Civil Veterinary Department. Madras. Admin. report 1910-25 - 1910-1925
Year: 1910
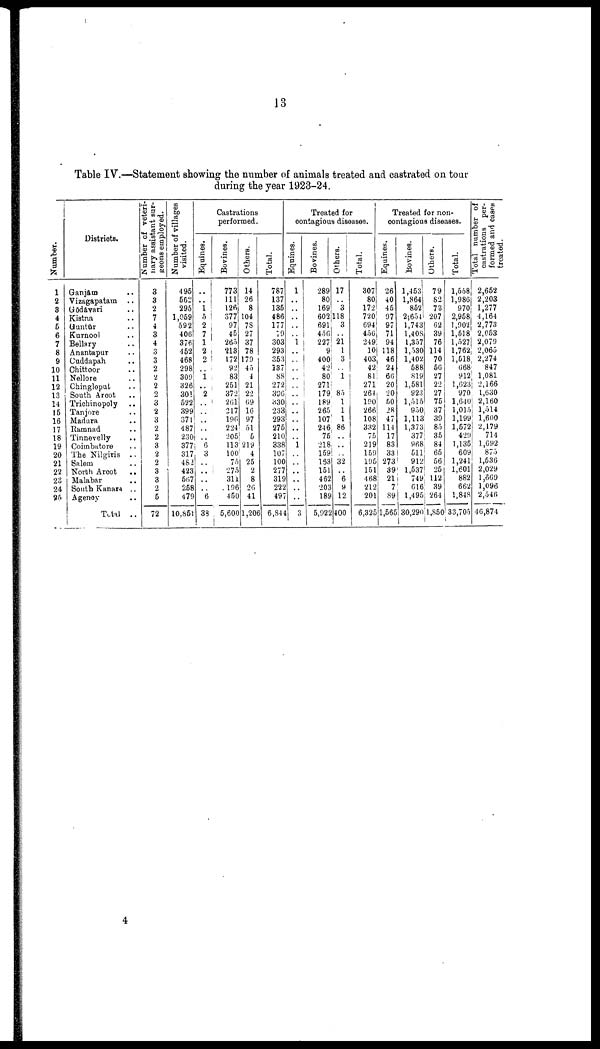
13
Table IV.—Statement showing the number of animals treated and castrated on tour
during the year 1923-24.
Numbe r
.
1
2
3
4
5
6
7
8
9
10
11
12
13
14
15
16
17
18
19
20
21
22
23
24
25
Districts.
Ganjam ..
Vizagapatam..
Gdavari ..
Kiatna ..
Guntur ..
Kurnool ..
Bellary ..
Anantapur ..
Cuddapah ..
Chittoor ..
Nellore ..
Chingloput ..
South Arcot ..
Trichinopoly ..
Tanjore ..
Madura ..
Ramnad ..
Tinnevelly ..
Coimbatore ..
The Nilgiris ..
Salem ..
North Arcot ..
Malabar
South Kanara ..
Agency ..
Total ..
Number of veteri-
nary assistant sur-
geons employed.
3
3
2
7
4
3
4
3
3
2
2
2
2
3
2
3
2
2
3
2
2
3
3
2
5
72
Number of villages
visited.
495
562
295
1,059
592
406
376
452
468
298
309
326
301
522
399
371
487
230
377
317
482
423
567
258
479
10,851
Castrations
performed.
Equines.
..
..
1
5
2
7
1
2
2
..
1
..
2
..
..
..
..
..
6
3
..
..
..
..
6
39
Bovines.
773
111
126
377
97
45
265
213
172
92
83
251
372
261
217
190
224
205
113
100
75
275
311
196
450
5,600
Others.
14
26
8
104
78
27
37
78
179
45
4
21
22
69
16
97
51
5
219
4
25
2
8
26
41
1,206
Total.
787
137
135
486
177
79
303
293
353
137
88
272
396
330
233
293
275
210
338
107
100
277
319
222
497
6,844
Treated for
contagious diseases.
Equines.
1
..
..
..
..
..
1
..
..
..
..
..
..
..
..
..
..
..
..
..
..
..
..
..
..
3
Bovines.
289
80
169
602
691
456
227
9
400
42
80
271
179
189
265
107
246
75
218
159
153
151
462
203
189
5,922
Others.
17
..
3
118
3
..
21
1
3
..
1
..
85
1
1
1
86
..
..
..
32
..
6
9
12
400
Total.
307
80
172
720
694
456
249
10
403
42
81
271
264
190
266
108
332
75
219
159
195
151
468
212
201
6,325
Treated for non-
contagious diseases.
Equines.
26
40
45
97
97
71
94
118
46
24
66
20
20
50
28
47
114
17
83
33
273
39
21
7
89
1,565
Bovines.
1,453
1,864
852
2,654
1,743
1,408
1,357
1,530
1,402
588
819
1,581
923
1,515
950
1,113
1,373
377
968
511
912
1,537
749
616
1,495
1 30,290
Others.
79
82
73
207
62
39
76
114
70
56
27
22
27
75
37
39
85
35
84
65
56
25
112
39
264
1,850
Total.
1,558
1,986
970
2,958
1,902
1,518
1,527
1,762
1,518
668
912
1,623
970
1,640
1,015
1,199
1,572
429
1,135
609
1,241
1,601
882
662
1,848
33,705
Total number of
castrations per-
formed and cases
treated.
2,652
2,203
1,277
4,164
2,773
2,053
2,079
2,065
2,274
847
1,081
2,166
1,630
2,160
1,514
1,600
2,179
714
1,692
875
1,536
2,029
1,669
1,096
2,546
46,874
4